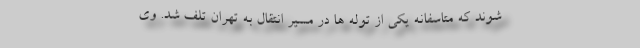
شوند که متاسفانه یکی از توله ها در مسیر انتقال به تهران تلف شد. وی